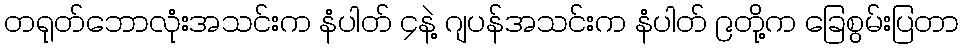
တရုတ်ဘောလုံးအသင်းက နံပါတ် ၄နဲ့ ဂျပန်အသင်းက နံပါတ် ၉တို့က ခြေစွမ်းပြတာ